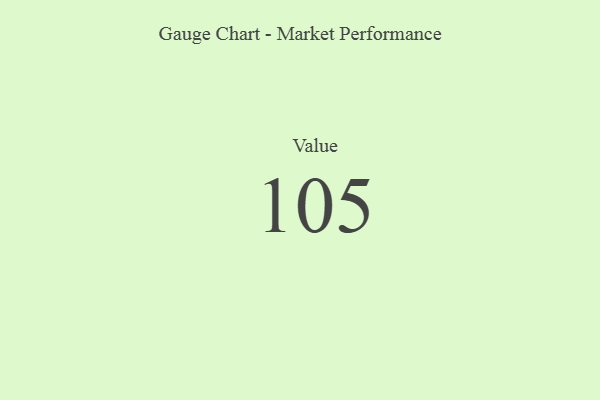
{"axis": {"x": "Metric", "y": "Value"}, "legend": [""], "data": [{"x": "Value", "y": 105, "type": ""}]}